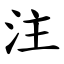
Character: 注